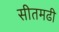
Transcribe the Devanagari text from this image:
सीतमढी